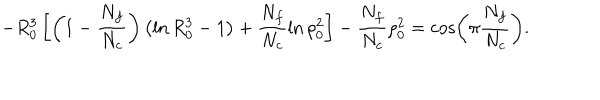
- R _ { 0 } ^ { 3 } \left[ \left( 1 - \frac { N _ { f } } { N _ { c } } \right) \left( \ln R _ { 0 } ^ { 3 } - 1 \right) + \frac { N _ { f } } { N _ { c } } \ln \rho _ { 0 } ^ { 2 } \right] - \frac { N _ { f } } { N _ { c } } \rho _ { 0 } ^ { 2 } = \cos \left( \pi \frac { N _ { f } } { N _ { c } } \right) .